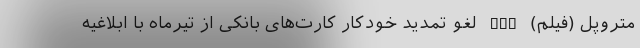
متروپل (فیلم) nan لغو تمدید خودکار کارت‌های بانکی از تیرماه با ابلاغیه